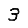
Digit: 3